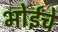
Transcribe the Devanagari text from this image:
भोईंचे